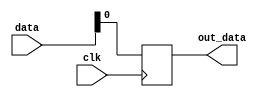
module negedge_trigger (
    input wire clk,
    input wire [3:0] data,
    output reg out_data
);
    
always @ (negedge clk) begin
    // Code or behavior to execute on negative edge of clk
    out_data <= data;
end

endmodule